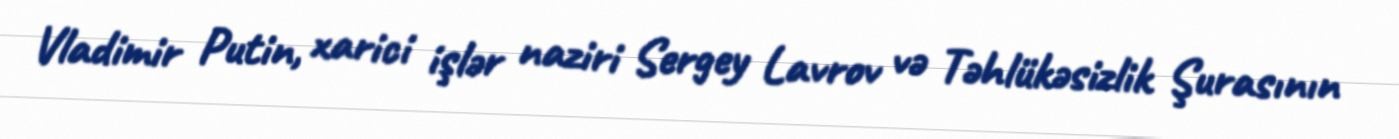
Vladimir Putin, xarici işlər naziri Sergey Lavrov və Təhlükəsizlik Şurasının